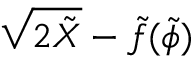
\sqrt { 2 \tilde { X } } - \tilde { f } ( \tilde { \phi } )